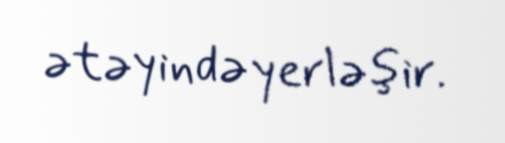
ətəyində yerləşir.